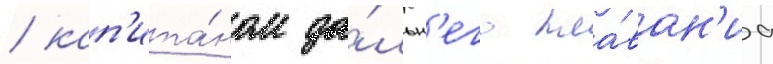
/ кап'ита́ном да́льн'его пла́ван'иа